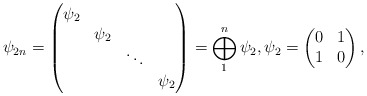
\begin{align*}\psi_{2n} = \begin{pmatrix}\psi_{2} \\ &\psi_{2} \\ && \ddots \\ &&&\psi_{2}\end{pmatrix} = \bigoplus_{1}^{n}\psi_{2}, \psi_{2} = \begin{pmatrix}0 & 1 \\1 & 0\end{pmatrix},\end{align*}